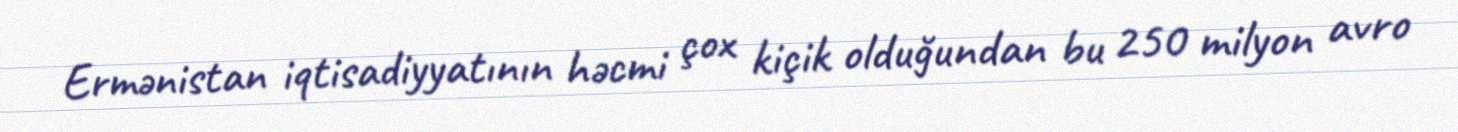
Ermənistan iqtisadiyyatının həcmi çox kiçik olduğundan bu 250 milyon avro